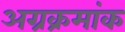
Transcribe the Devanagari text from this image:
अग्रक्रमांक